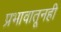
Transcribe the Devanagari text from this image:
प्रभावातूनही